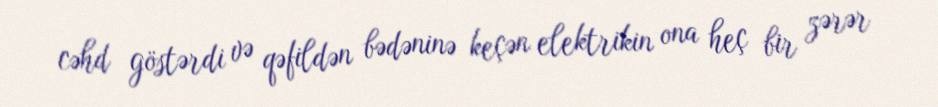
cəhd göstərdi və qəfildən bədəninə keçən elektrikin ona heç bir zərər